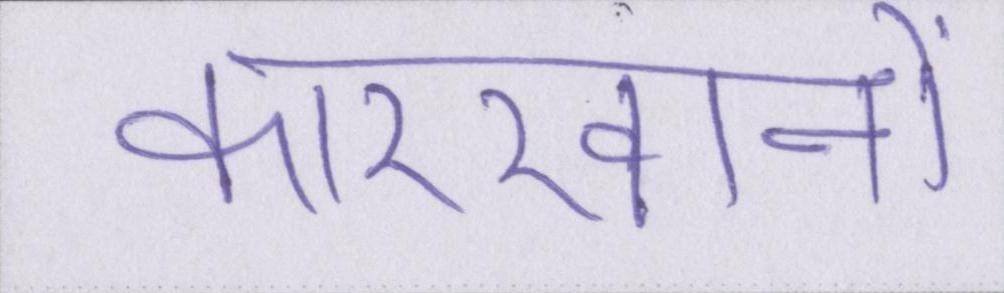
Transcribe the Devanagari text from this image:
कारखानों